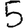
Digit: 5